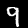
Digit: 9